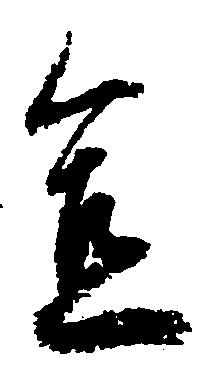
宜